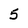
Character: 5